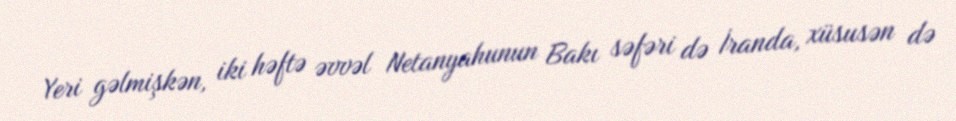
Yeri gəlmişkən, iki həftə əvvəl Netanyahunun Bakı səfəri də İranda, xüsusən də